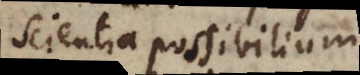
scientia possibilium